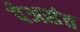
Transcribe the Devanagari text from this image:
पेअसंत